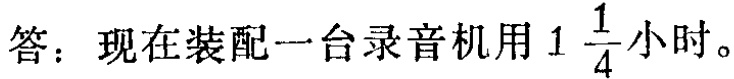
答：现在装配一台录音机用\(1\frac{1}{4}\)小时。